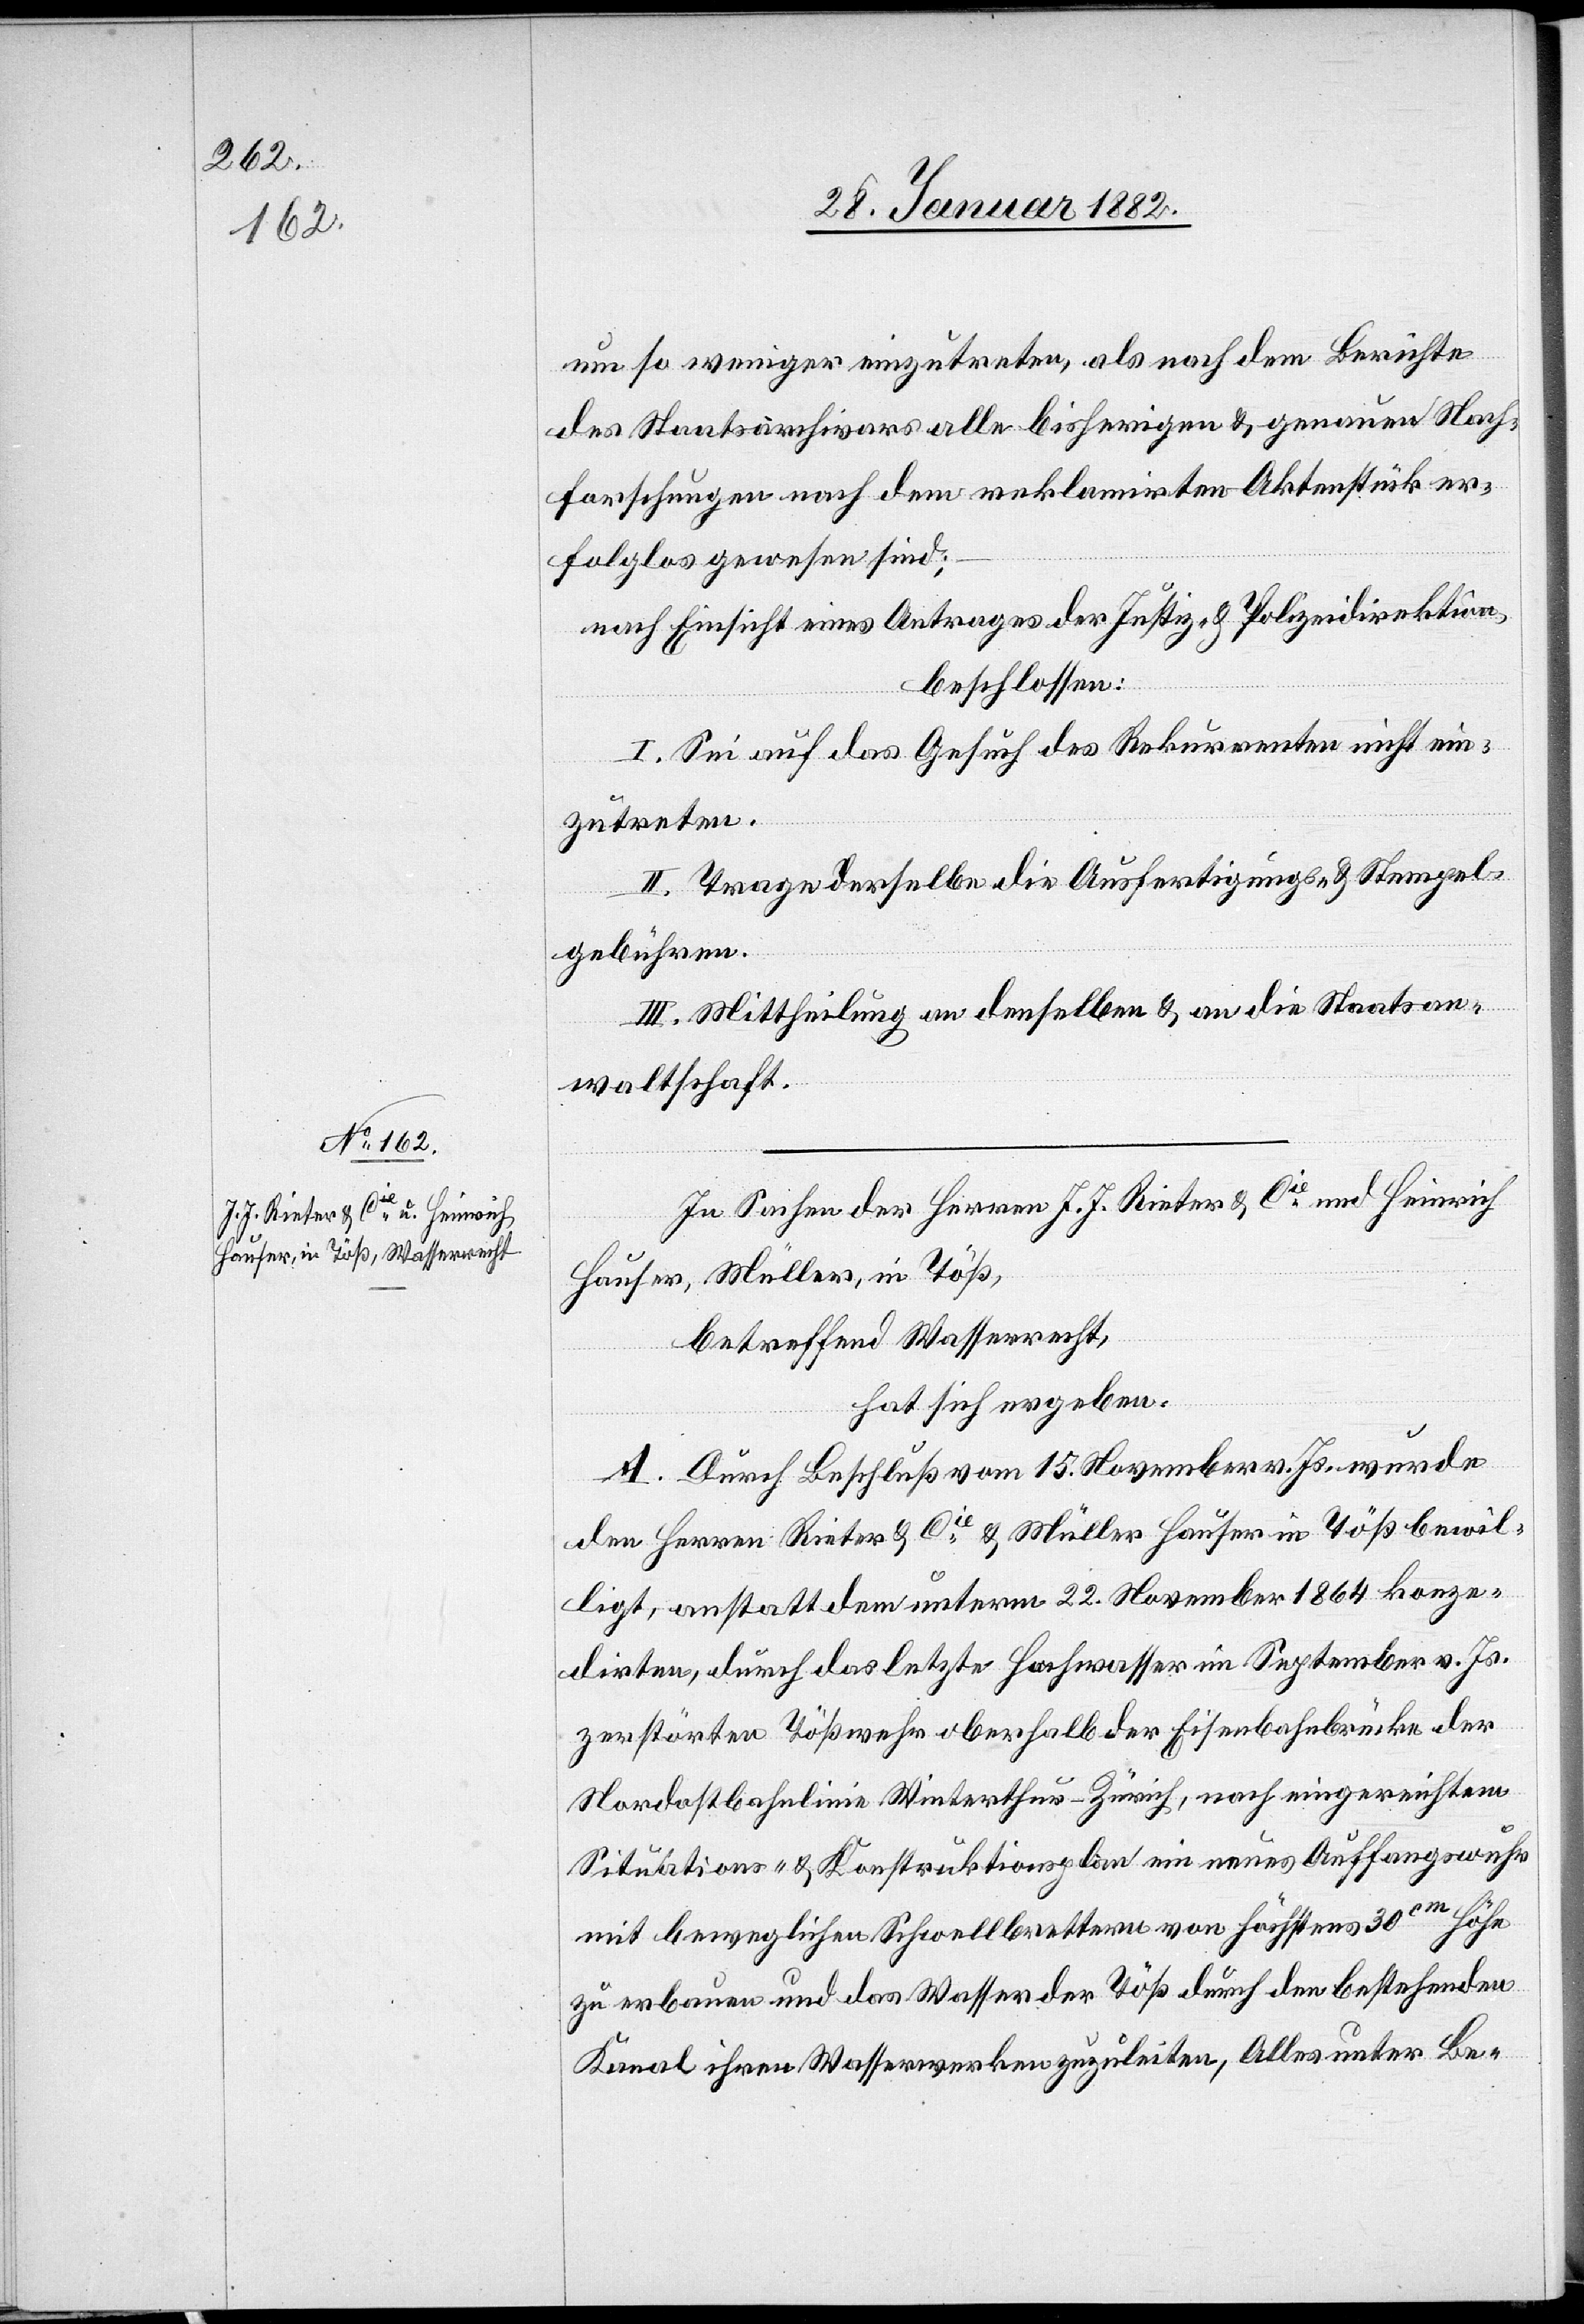
um so weniger einzutreten, als nach dem Berichte
des Staatsarchivars alle bisherigen & genauen Nach¬
forschungen nach dem reklamirten Aktenstück er¬
folglos gewesen sind;–
nach Einsicht eines Antrages der Justiz- & Polizeidirektion,
beschlossen:
1. Sei auf das Gesuch des Rekurrenten nicht ein¬
zutreten.
II. Trage derselbe die Ausfertigungs- & Stempel¬
gebühren.
III. Mitheilung an denselben & an die Staatsan¬
waltschaft.